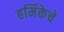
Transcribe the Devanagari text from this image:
हर्मिकेचे